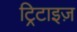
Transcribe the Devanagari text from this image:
ट्रिटाइज़